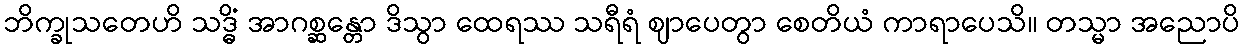
ဘိက္ခုသတေဟိ သဒ္ဓိံ အာဂစ္ဆန္တော ဒိသွာ ထေရဿ သရီရံ ဈာပေတွာ စေတိယံ ကာရာပေသိ။ တသ္မာ အညောပိ